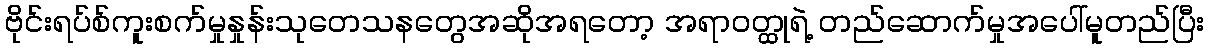
ဗိုင်းရပ်စ်ကူးစက်မှုနှုန်းသုတေသနတွေအဆိုအရတော့ အရာဝတ္ထုရဲ့ တည်ဆောက်မှုအပေါ်မူတည်ပြီး